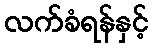
လက်ခံရန်နှင့်